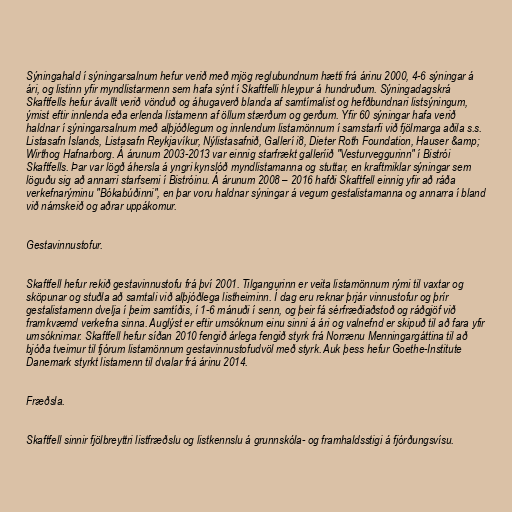
Sýningahald í sýningarsalnum hefur verið með mjög reglubundnum hætti frá árinu 2000, 4-6 sýningar á
ári, og listinn yfir myndlistarmenn sem hafa sýnt í Skaftfelli hleypur á hundruðum. Sýningadagskrá
Skaftfells hefur ávallt verið vönduð og áhugaverð blanda af samtímalist og hefðbundnari listsýningum,
ýmist eftir innlenda eða erlenda listamenn af öllum stærðum og gerðum. Yfir 60 sýningar hafa verið
haldnar í sýningarsalnum með alþjóðlegum og innlendum listamönnum í samstarfi við fjölmarga aðila s.s.
Listasafn Íslands, Listasafn Reykjavíkur, Nýlistasafnið, Gallerí i8, Dieter Roth Foundation, Hauser &amp;
Wirthog Hafnarborg. Á árunum 2003-2013 var einnig starfrækt galleríið "Vesturveggurinn" í Bistrói
Skaftfells. Þar var lögð áhersla á yngri kynslóð myndlistamanna og stuttar, en kraftmiklar sýningar sem
löguðu sig að annarri starfsemi í Bistróinu. Á árunum 2008 – 2016 hafði Skaftfell einnig yfir að ráða
verkefnarýminu "Bókabúðinni", en þar voru haldnar sýningar á vegum gestalistamanna og annarra í bland
við námskeið og aðrar uppákomur.

Gestavinnustofur.

Skaftfell hefur rekið gestavinnustofu frá því 2001. Tilgangurinn er veita listamönnum rými til vaxtar og
sköpunar og stuðla að samtali við alþjóðlega listheiminn. Í dag eru reknar þrjár vinnustofur og þrír
gestalistamenn dvelja í þeim samtíðis, í 1-6 mánuði í senn, og þeir fá sérfræðiaðstoð og ráðgjöf við
framkvæmd verkefna sinna. Auglýst er eftir umsóknum einu sinni á ári og valnefnd er skipuð til að fara yfir
umsóknirnar. Skaftfell hefur síðan 2010 fengið árlega fengið styrk frá Norrænu Menningargáttina til að
bjóða tveimur til fjórum listamönnum gestavinnustofudvöl með styrk. Auk þess hefur Goethe-Institute
Danemark styrkt listamenn til dvalar frá árinu 2014.

Fræðsla.

Skaftfell sinnir fjölbreyttri listfræðslu og listkennslu á grunnskóla- og framhaldsstigi á fjórðungsvísu.